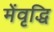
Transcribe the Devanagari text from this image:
मेंवृद्धि